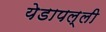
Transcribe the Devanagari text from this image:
येडापल्ली